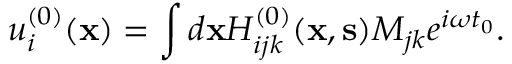
u _ { i } ^ { ( 0 ) } ( { \bf x } ) = \int d { \bf x } H _ { i j k } ^ { ( 0 ) } ( { \bf x } , { \bf s } ) M _ { j k } e ^ { i \omega t _ { 0 } } .